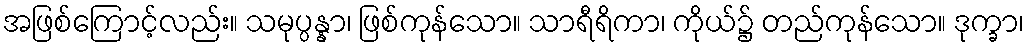
အဖြစ်ကြောင့်လည်း။ သမုပ္ပန္နာ၊ ဖြစ်ကုန်သော။ သာရီရိကာ၊ ကိုယ်၌ တည်ကုန်သော။ ဒုက္ခာ၊